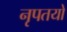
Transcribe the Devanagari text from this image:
नृपतयो